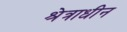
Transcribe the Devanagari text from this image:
श्रेत्राधीन